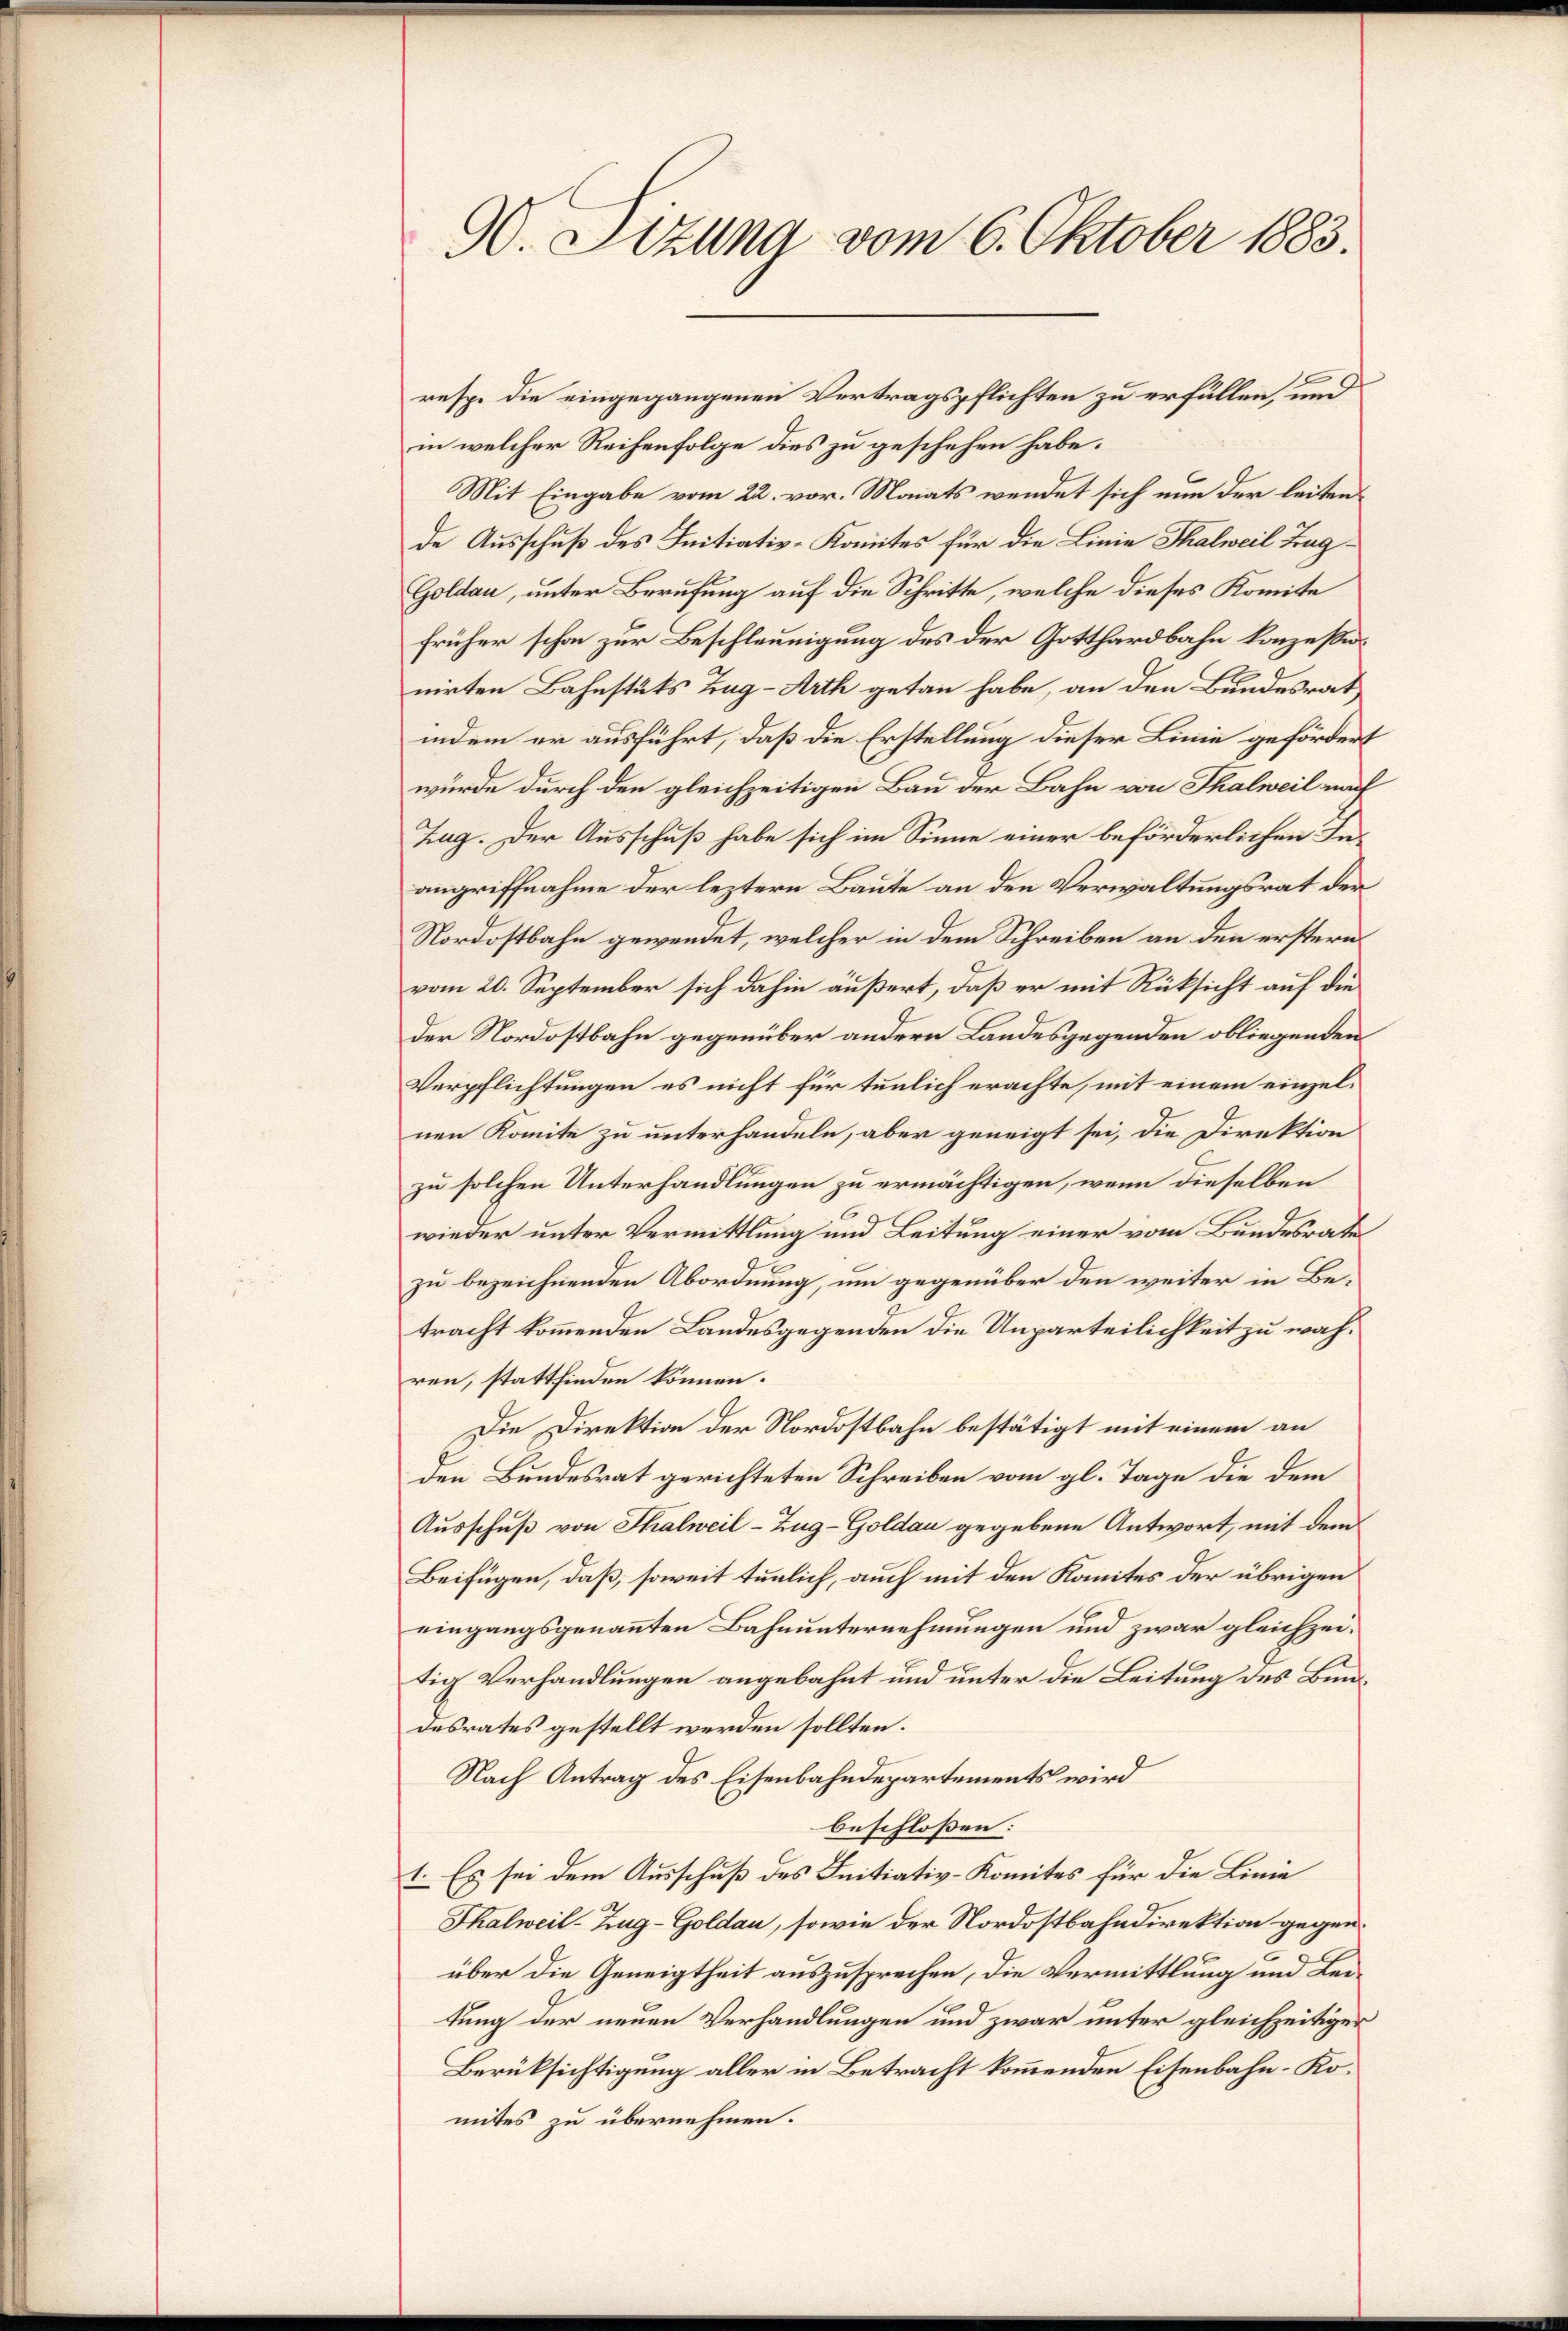
90. Sizung vom 6. Oktober 1883.

resp. die eingegangenen Vertragspflichten zu erfüllen, und
in welcher Reihenfolge dies zu geschehen habe.
Mit Eingabe vom 22. vor. Monats wendet sich nun der leitende Ausschuß des Initiativ-Komites für die Linie Thalweil Tag¬
Goldau, unter Berufung auf die Schritte, welche dieses Komite
früher schon zur Beschleunigung des der Gotthardbahn konzeßinirten Bahnstüks Zug-Arth getan habe, an den Bundesrat,
indem er ausführt, daß die Erstellung dieser Linie gefördert
wurde durch den gleichzeitigen Bau der Bahn von Thalweil nach
Zag. Der Ausschuß habe sich im Sinne einer beförderlichen Inangriffnahme der leztern Baute an den Verwaltungsrat der
Nordostbahn gewendet, welcher in dem Schreiben an den erstern
vom 20. September sich dahin äußert, daß er mit Rüksicht auf die
der Nordostbahn gegenüber andern Landesgegenden obliegenden
Verpflichtungen es nicht für tunlich erachte, mit einem einzelnen Komite zu unterhandeln, aber geneigt sei, die Direktion
zu solchen Unterhandlungen zu ermächtigen, wenn dieselben
wieder unter Vermittlung und Leitung einer vom Bundesrate
zu bezeichnenden Abordnung, um gegenüber den weiter in Betracht kommenden Landesgegenden die Unparteilichkeit zu währen, stattfinden können.
Die Direktion der Nordostbahn bestätigt mit einem an
den Bundesrat gerichteten Schreiben vom gl. Tage die dem
Ausschuß von Thalweil–Zug–Goldau gegebene Antwort, mit dem
Beifügen, daß, soweit tunlich, auch mit den Komites der übrigen
eingangsgenannten Bahnunternehmungen und zwar gleichzeitig Verhandlungen angebahnt und unter die Leitung des Bundesrates gestellt werden sollten.
Nach Antrag des Eisenbahndepartements wird
beschloßen:
1. Es sei dem Ausschuß des Initiativ-Komites für die Linie
Thalweil-Zug-Goldau, sowie der Nordostbahndirektion gegen
über die Geneigtheit auszusprechen, die Vermittlung und Leitung der neuen Verhandlungen und zwar unter gleichzeitiger
Berüksichtigung aller in Betracht kommenden Eisenbahn-Komites zu übernehmen.